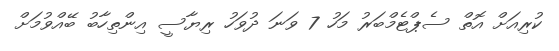
ކުރިއަށް އޮތް ސެޕްޓެމްބަރު މަހު 7 ވަނަ ދުވަހު ރިޔާސީ އިންތިހާބު ބޭއްވުމަށް